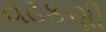
વઢકણી